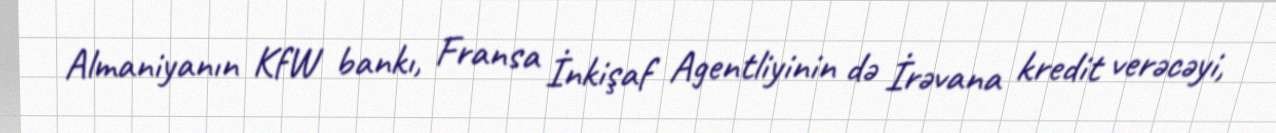
Almaniyanın KfW bankı, Fransa İnkişaf Agentliyinin də İrəvana kredit verəcəyi,